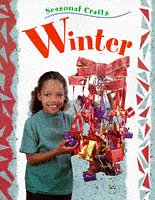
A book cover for Autumn (Seasonal Crafts); Gillian Chapman; Children's Books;